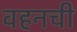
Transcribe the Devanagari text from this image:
वहनची